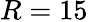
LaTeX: R=15